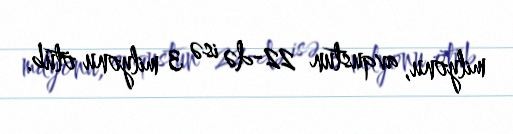
milyonu, avqustun 22-də isə 3 milyonu ötüb.